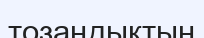
тозаңдықтың